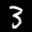
Label: 3